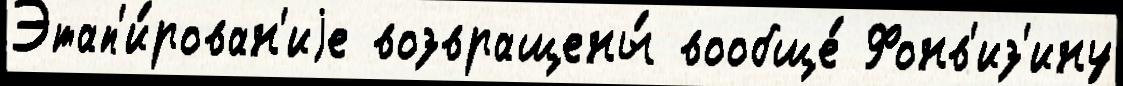
Этап'и́рован'иjе возвращены́ вообще́ Фонв'из'ину